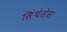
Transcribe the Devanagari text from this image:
सिंथेसेस